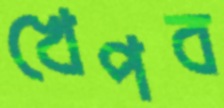
খেপব